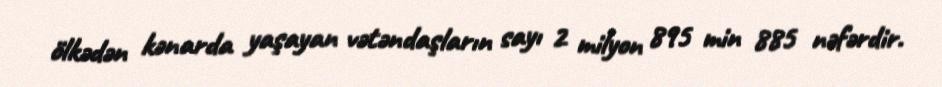
ölkədən kənarda yaşayan vətəndaşların sayı 2 milyon 895 min 885 nəfərdir.